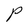
Character: P